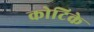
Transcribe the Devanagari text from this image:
कोटिके